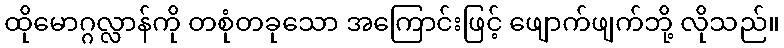
ထိုမောဂ္ဂလ္လာန်ကို တစုံတခုသော အကြောင်းဖြင့် ဖျောက်ဖျက်ဘို့ လိုသည်။